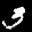
Label: 3